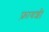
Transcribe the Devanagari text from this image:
फ़्रावशी